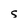
Character: S